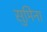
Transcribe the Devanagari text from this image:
सुमिना